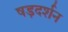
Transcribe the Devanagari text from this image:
षड़दर्शन